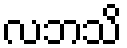
လဘသိ